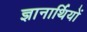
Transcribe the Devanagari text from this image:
ज्ञानार्थियों